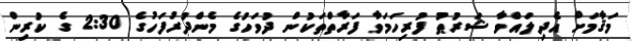
މަޤާމަށް އެދިލައްވާ ޝަރުޠު ފުރިހަމަވާ ފަރާތްތަކުން ދުވަހުގެ މެންދުރުފަހުގެ 2:30 ގެ ކުރިން